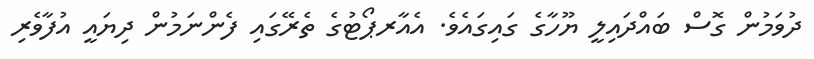
ދުވަމުން ގޮސް ބައްދައިލީ ޔޫހާގެ ގައިގައެވެ. އެއާރޕޯޓުގެ ތެރޭގައި ފެންނަމުން ދިޔައީ އުފާވެރި